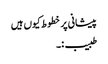
پیشانی پر خطوط کیوں ہیں
طبیب :۔